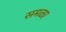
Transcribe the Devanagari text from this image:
समळा